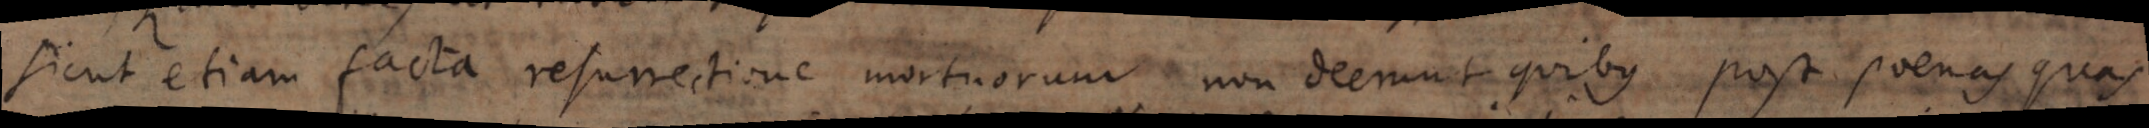
Sicut etiam facta resurrectione mortuorum non deerunt quibus post poenas quas